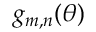
g _ { m , n } ( \theta )